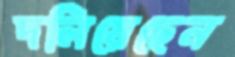
দলিয়েছেন